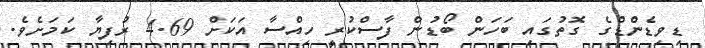
ޑިވިޑެންޑްގެ ގޮތުގައި ބަހަން ބޯޑުން ފާސްކުރީ ހިއްސާ އަކަށް 4.69 ރުފިޔާ ކަމަށެވެ.